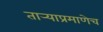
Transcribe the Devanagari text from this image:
तार्‍याप्रमाणेच